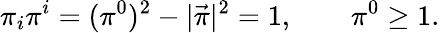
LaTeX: \pi_{i}\pi^{i}=(\pi^{0})^{2}-|\vec{\pi}|^{2}=1,\qquad\pi^{0}\geq 1.